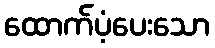
ထောက်ပံ့ပေးသော